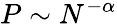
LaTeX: P\sim N^{-\alpha}